Indian journal of veterinary science and animal husbandry - Volumes 15-17, 1948-1951
Year: 1948
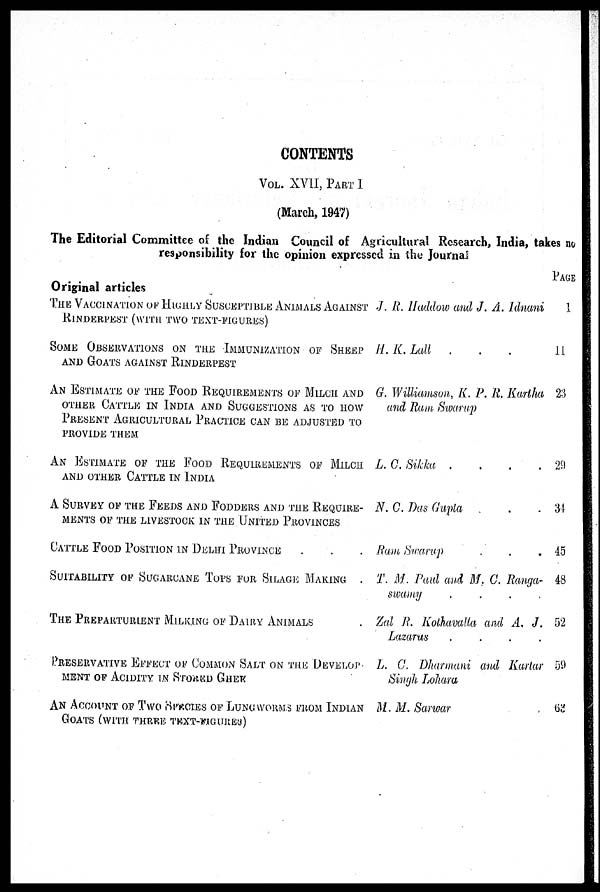
CONTENTS
VOL. XVII, PART 1
(March, 1947)
The Editorial Committee of the Indian Council of Agricultural Research, India, takes no
responsibility for the opinion expressed in the Journal
Original articles
THE VACCINATION OF HIGHLY SUSCEPTIBLE ANIMALS AGAINST
RINDERPEST (WITH TWO TEXT-FIGURES)
SOME OBSERVATIONS ON THE IMMUNIZATION OF SHEEP
AND GOATS AGAINST RINDERPEST
AN ESTIMATE OF THE FOOD REQUIREMENTS OF MILCH AND
OTHER CATTLE IN INDIA AND SUGGESTIONS AS TO HOW
PRESENT AGRICULTURAL PRACTICE CAN BE ADJUSTED TO
PROVIDE THEM
AN ESTIMATE OF THE FOOD REQUIREMENTS OF MILCH
AND OTHER CATTLE IN INDIA
A SURVEY OF THE FEEDS AND FODDERS AND THE REQUIRE-
MENTS OF THE LIVESTOCK IN THE UNITED PROVINCES
CATTLE FOOD POSITION IN DELHI PROVINCE . . .
SUITABILITY OF SUGARCANE TOPS FOR SILAGE MAKING .
THE PREPARTURIENT MILKING OF DAIRY ANIMALS .
PRESERVATIVE EFFECT OF COMMON SALT ON THE DEVELOP
MENT OF ACIDITY IN STORED GHEK
AN ACCOUNT OF TWO SPECIES OF LUNGWORMS FROM INDIAN
GOATS (WITH THREE TEXT-FIGURES)
J. R. Haddow and J. A. Idnani
H. K. Lull
. . .
G. Williamson, K. P. R. Kartha
and Ram Swarup
L. C. Sikka
. . . .
N. C. Das Gupta . . .
Ram Swarup . . .
T. M. Paul and M. C. Ranga-
swamy
.
.
.
.
Zal R. Kothavalla and A. J.
Lazarus
.
.
.
.
L. C. Dharmani and Kartar
Singh Lohara
M. M. Sarwar
PAGE
1
11
23
29
34
45
48
52
59
63